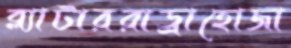
ব্ল্যাটাররাড্রাহোজা